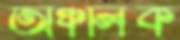
অঞ্চলিক